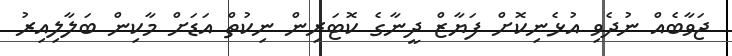
ޖަވާބެއް ނުދެވި އުޅެނިކޮށް ފަޔާޒް ދީނާގެ ކޮޓަރިން ނިކުތް އަޑަށް މާކިން ބަލާލިއިރު